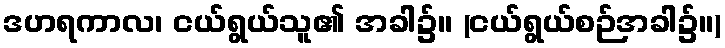
ဒဟရကာလ၊ ငယ်ရွယ်သူ၏ အခါ၌။ (ငယ်ရွယ်စဉ်အခါ၌။)